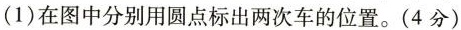
(1)在图中分别用圆点标出两次车的位置。(4分)